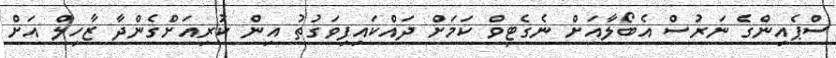
ސްޕެއިންގެ ނަރުސް އެބޯލާއަށް ނެގެޓިވް ކަމަށް ދައްކައިފިވަގުތު އިން ކުރިއަށްގެންދާ ޒާހިލް އަށް